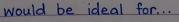
would be ideal for ...